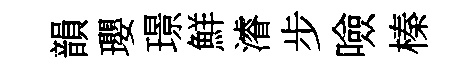
韻瓔璟鮮濬步噞榛